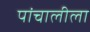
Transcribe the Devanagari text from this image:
पांचालीला